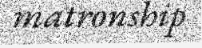
matronship